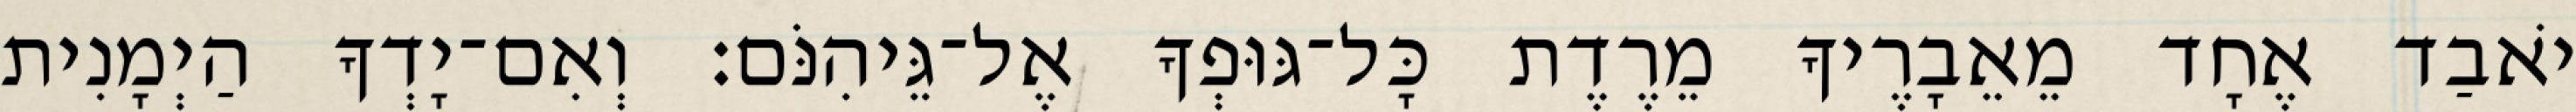
יֹאבַד אֶחָד מֵאֵבָרֶיךָ מֵרֶדֶת כָּל־גּוּפְךָ אֶל־גֵּיהִנֹּם׃ וְאִם־יָדְךָ הַיְמָנִית